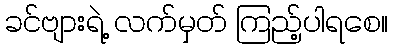
ခင်ဗျားရဲ့ လက်မှတ် ကြည့်ပါရစေ။